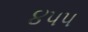
૪૫૫